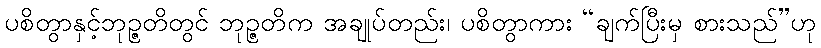
ပစိတွာနှင့်ဘုဉ္ဇတိတွင် ဘုဉ္ဇတိက အချုပ်တည်း၊ ပစိတွာကား “ချက်ပြီးမှ စားသည်”ဟု